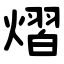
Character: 熠